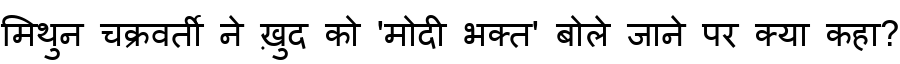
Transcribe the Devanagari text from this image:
मिथुन चक्रवर्ती ने ख़ुद को 'मोदी भक्त' बोले जाने पर क्या कहा?